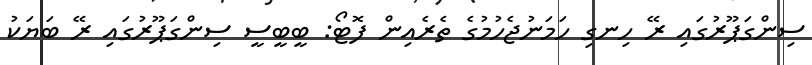
ސިންގަޕޫރުގައި ރޭ ހިނގި ހަމަނުޖެހުމުގެ ތެރެއިން ފޮޓޯ: ބީބީސީ ސިންގަޕޫރުގައި ރޭ ބަޔަކު